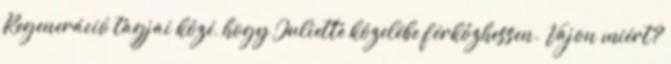
Regeneráció tagjai közé, hogy Juliette közelébe férkőzhessen. Vajon miért?